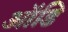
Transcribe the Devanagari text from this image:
ऑडि